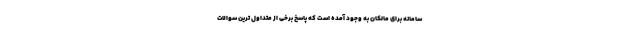
سامانه برای مالکان به وجود آمده است که پاسخ برخی از متداول ترین سوالات